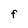
Character: F